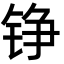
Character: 铮